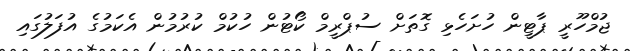
ޖުމްހޫރީ ޕާޓީން ހުށަހެޅި ގޮތަށް ސުޕްރީމް ކޯޓުން ހުކުމް ކުރުމުން އެކަމުގެ އުފަލުގައި